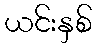
ယင်းနှစ်